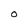
Character: O